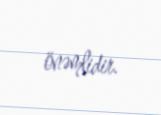
önəmlidir.